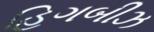
હિગબીઝ